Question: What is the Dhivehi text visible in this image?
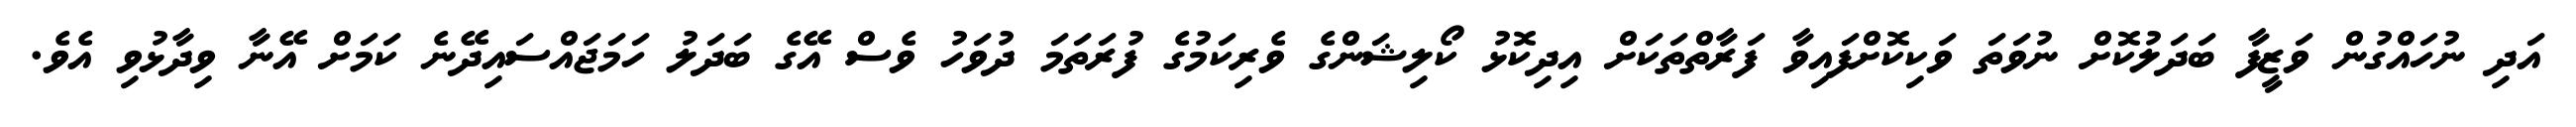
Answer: އަދި ނުހައްގުން ވަޒީފާ ބަދަލުކޮށް ނުވަތަ ވަކިކޮށްފައިވާ ފަރާތްތަކަށް އިދިކޮޅު ކޯލިޝަންގެ ވެރިކަމުގެ ފުރަތަމަ ދުވަހު ވެސް އޭގެ ބަދަލު ހަމަޖައްސައިދޭނެ ކަމަށް އޭނާ ވިދާޅުވި އެވެ.